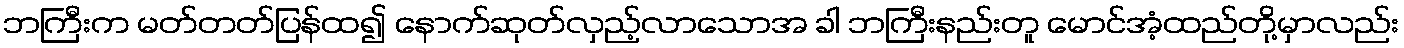
ဘကြီးက မတ်တတ်ပြန်ထ၍ နောက်ဆုတ်လှည့်လာသောအ ခါ ဘကြီးနည်းတူ မောင်အံ့ထည်တို့မှာလည်း